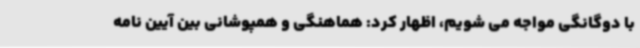
با دوگانگی مواجه می شویم، اظهار کرد: هماهنگی و همپوشانی بین آیین نامه